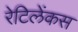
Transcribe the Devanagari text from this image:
रेटिलेंकस